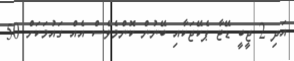
އަދި 2 ޖީބީ ޑޭޓާ ޕެކޭޖަކާއި ބޭނުން ކޮންމެވެސް އެއް ގައުމަކަށް 50